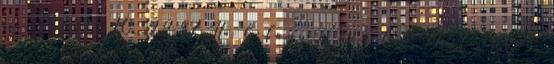
sz. 2013.06.10. 22:37 Ha befagy a kézifék Most akkor